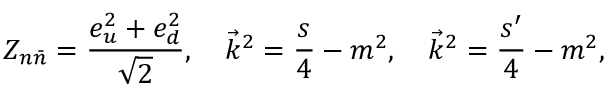
Z _ { n \bar { n } } = \frac { e _ { u } ^ { 2 } + e _ { d } ^ { 2 } } { \sqrt 2 } , \quad \vec { k } ^ { 2 } = \frac s 4 - m ^ { 2 } , \quad \vec { k } ^ { 2 } = \frac { s ^ { \prime } } 4 - m ^ { 2 } ,